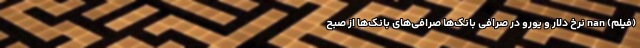
(فیلم) nan نرخ دلار و یورو در صرافی بانک‌ها صرافی‌های بانک‌ها از صبح